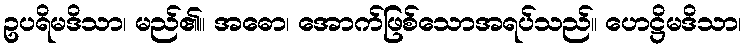
ဥပရိမဒိသာ၊ မည်၏။ အဓော၊ အောက်ဖြစ်သောအရပ်သည်။ ဟေဋ္ဌိမဒိသာ၊